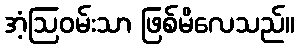
အံ့ဩဝမ်းသာ ဖြစ်မိလေသည်။